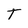
Character: T